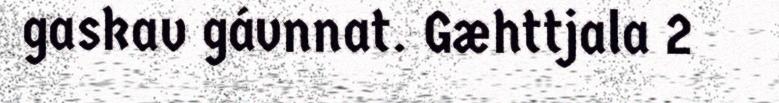
gaskav gávnnat. Gæhttjala 2